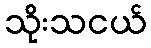
သိုးသငယ်